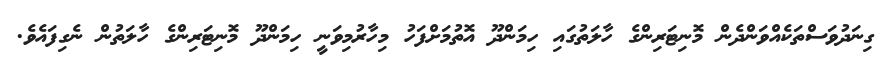
ގިނަދުވަސްތަކެއްވަންދެން މޮނިޓަރިންގެ ހާލަތުގައި ހިމަންދޫ އޮތުމަށްފަހު މިހާރުމިވަނީ ހިމަންދޫ މޮނިޓަރިންގެ ހާލަތުން ނެގިފައެވެ.